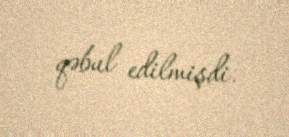
qəbul edilmişdi.